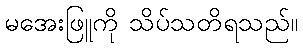
မအေးဖြူကို သိပ်သတိရသည်။